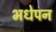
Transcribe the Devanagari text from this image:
भधेपन